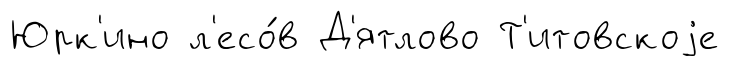
Юрк'ино л'есо́в Д'ятлово Т'итовскоjе